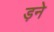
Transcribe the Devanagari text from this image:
ड़ने